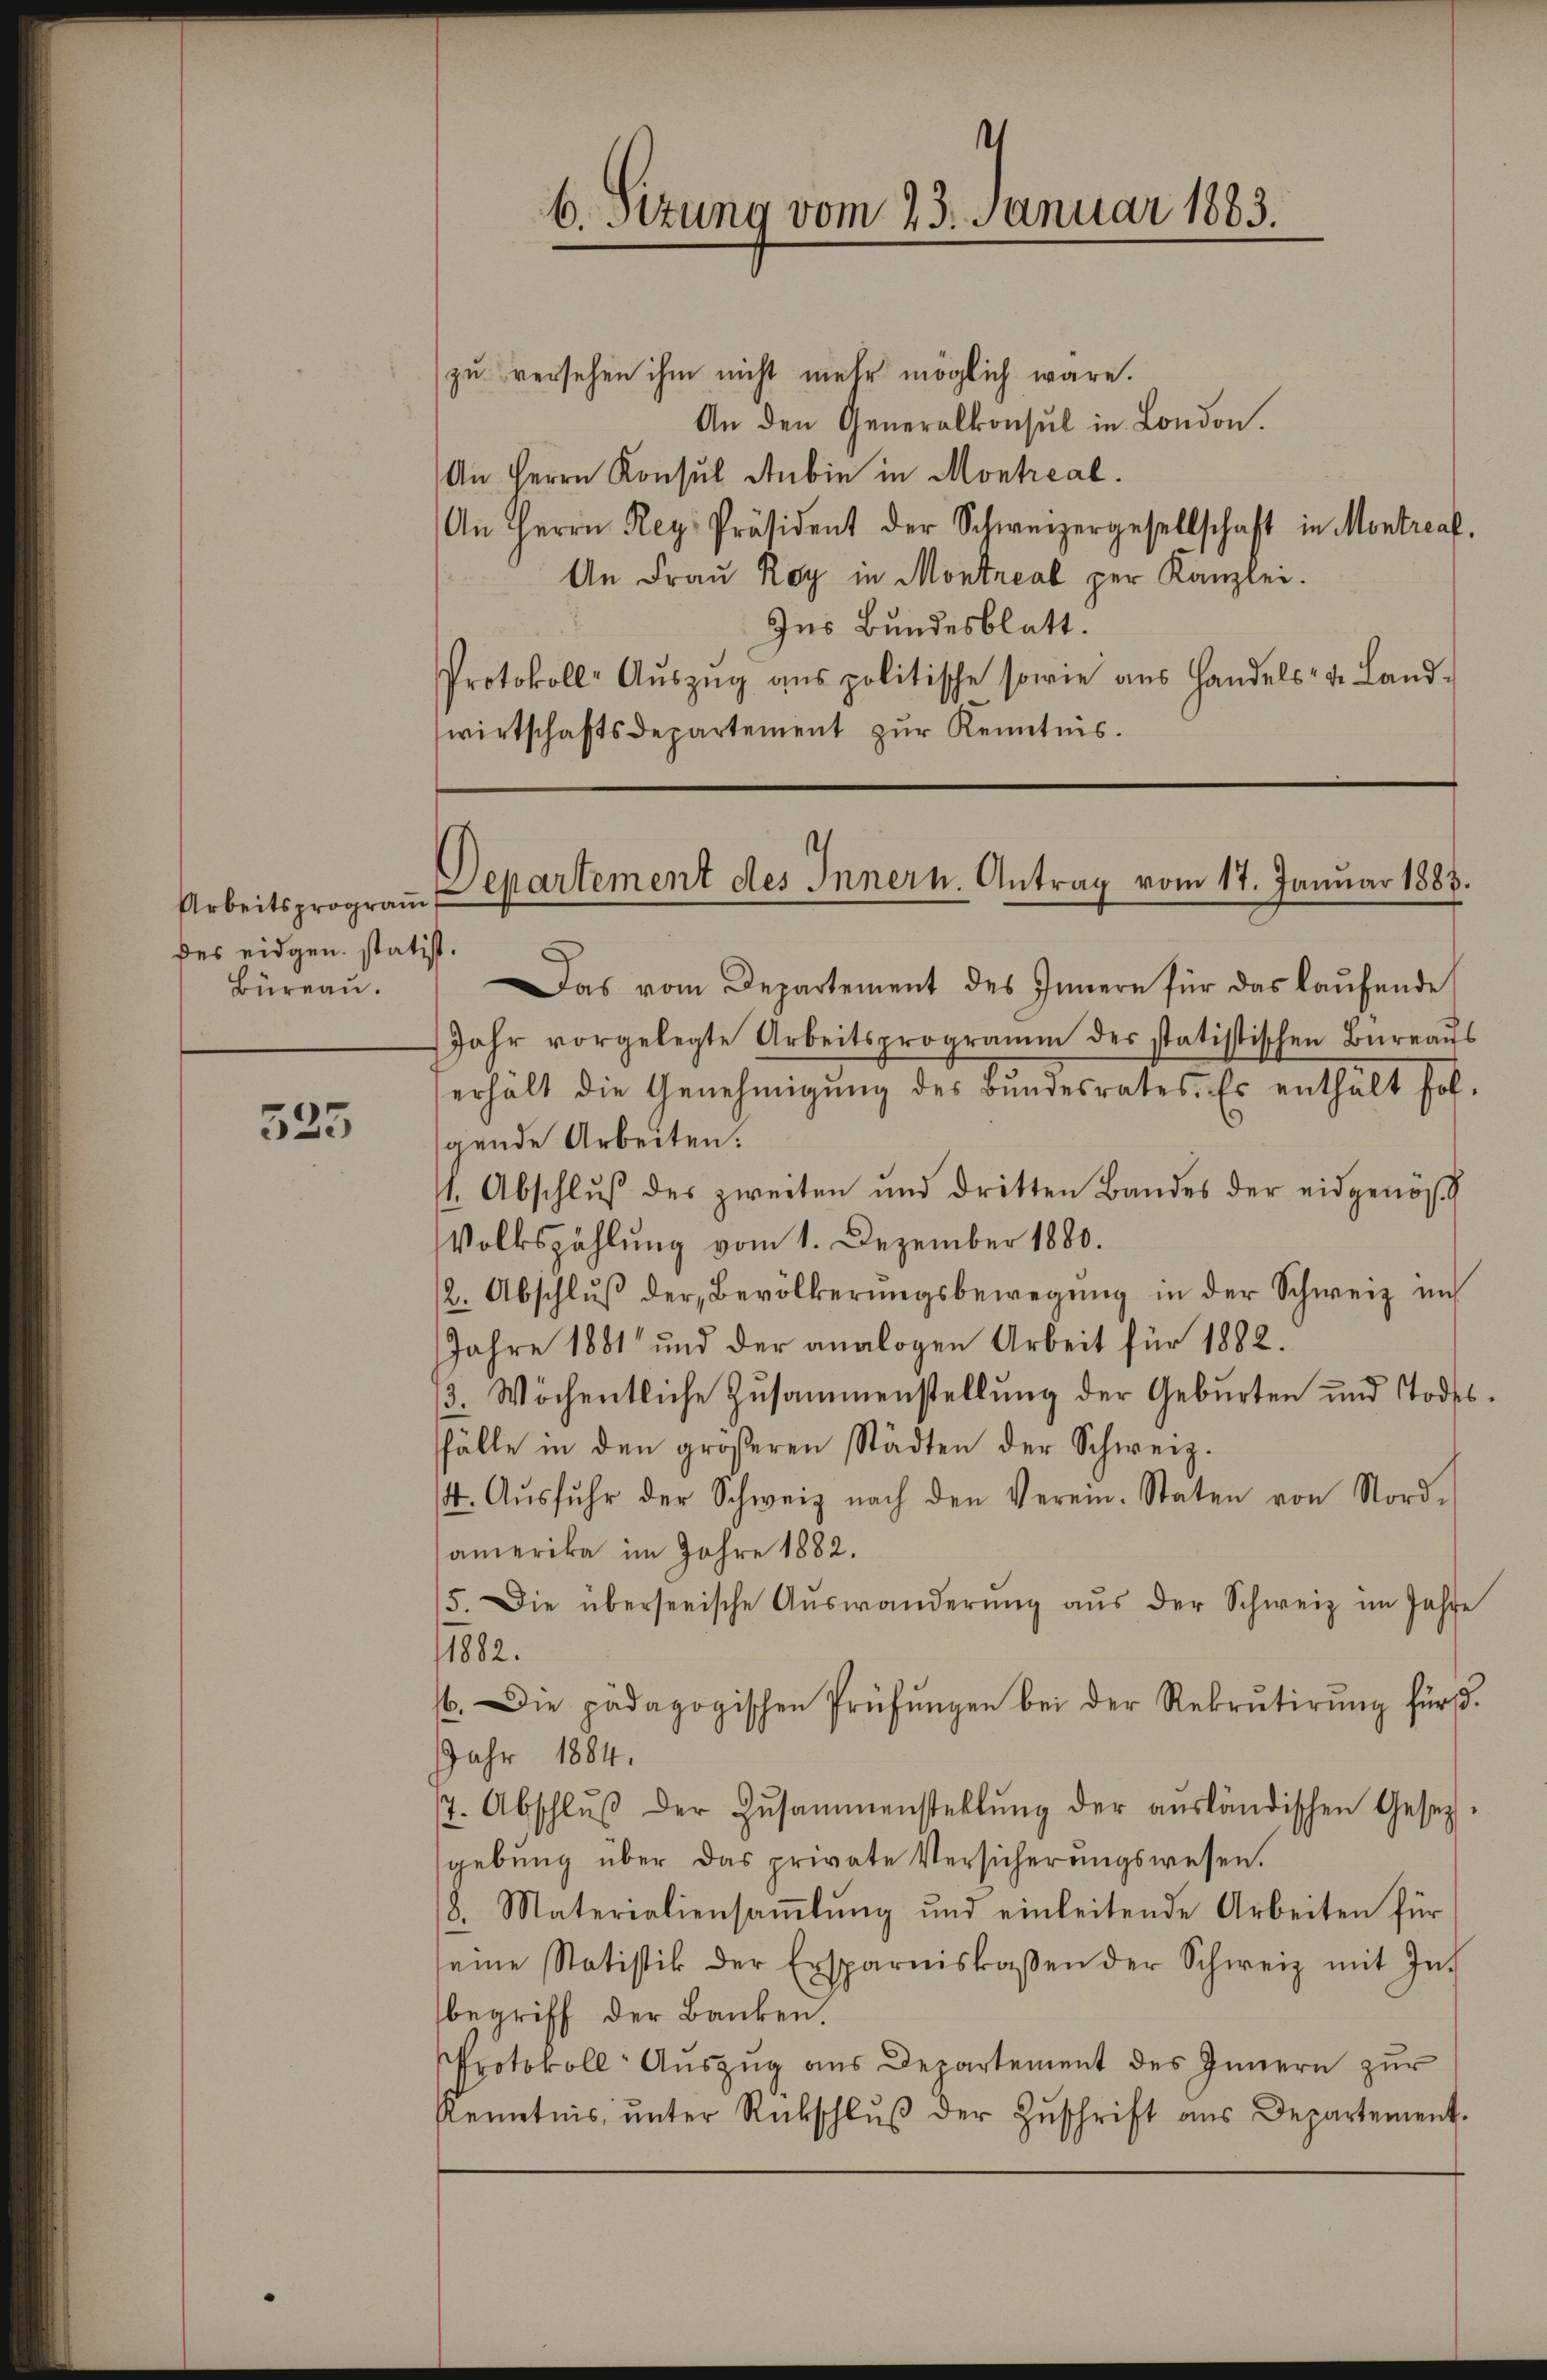
Arbeitsprogram
des eidgen. statist
Büreau.

525

zu versehen ihm nicht mehr möglich wäre.
An den Generalkonsul in London.
An Herrn Konsul Anbin in Montreal
An Herrn Reg. Präsident der Schweizergesellschaft in Montraf
An Frau Roy in Montreal per Kanzlei.
Ins Bundesblatt.
Protokoll- Aŭszŭg ans politische sowie aus Handels- u. Land-
wirtschaftsdepartement zur Kenntnis.

6. Sizung vom 23. Januar 1883.

.
Das vom Departement des Innern für das laŭfende
Jahr vorgelegte Arbeitsprogramm des statistischen Büreaŭs
erhält die Genehmigŭng des Bŭndesrates. Es enthält fol-
gende Arbeiten.
1. Abschlŭβ des zweiten und dritten Bandes der eidgenös
Volkszählung vom 1. Dezember 1880.
2. Abschlŭβ der Bevölkerŭngsbewegung in der Schweiz unt
Jahre 1881 und der analogen Arbeit für 1882.
3. Wöchentliche Zusammenstellung der Geburten und Todesfälle in den größeren Städten der Schweiz.
4. Aŭsfŭhr der Schweiz nach den Verein-Staten von Nord-
amerika im Jahre 1882.
15. Die überseeische Aŭswanderŭng aŭs der Schweiz im Jahre
1882.
16. Die pädagogischen Prüfŭngen bei der Rekrutirŭng für
Jahr 1884.
7. Abschlŭβ der Zusammenstellŭng der aŭsländischen Gesetz-
gebung über das private Versicherungswesen.
8. Materialiensaṁlŭng und einleitende Arbeiten für
seine Statistik der Ersparniskassen der Schweiz mit Int
begriff der Banken.
Protokoll Auszug aus Departement des Innern zur
Kenntnis ŭnter Rückschlŭβ der Zŭschrift aus Departement.

Departement des Innern. Antrag vom 17. Januar 1883.